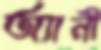
অ্যানী